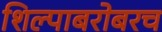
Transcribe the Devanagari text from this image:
शिल्पाबरोबरच